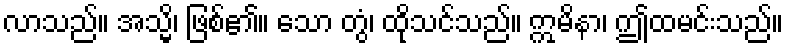
လာသည်။ အသ္မိ၊ ဖြစ်၏။ သော တွံ၊ ထိုသင်သည်။ ဣမိနာ၊ ဤထမင်းသည်။